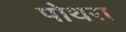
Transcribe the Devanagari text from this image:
पोथरा